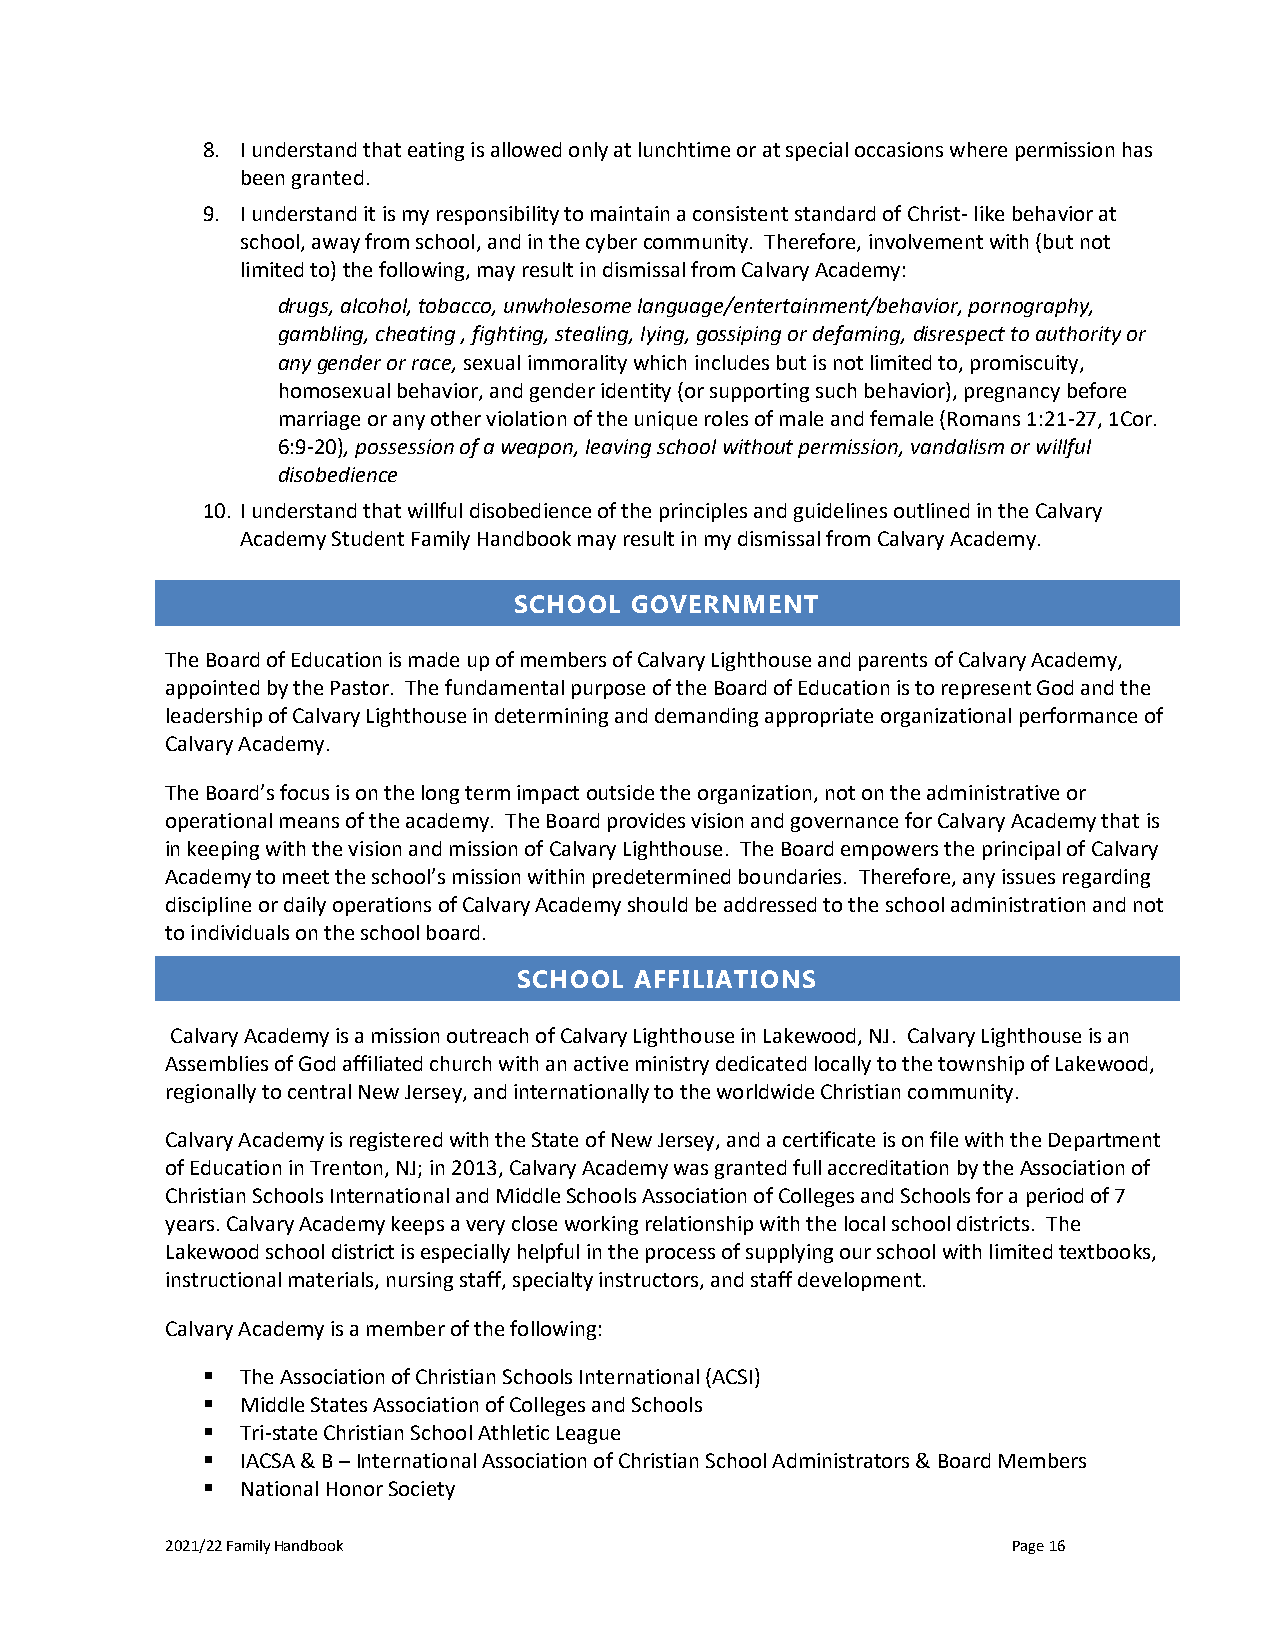
8. I understand that eating is allowed only at lunchtime or at special occasions where permission has
 been granted.
 9. I understand it is my responsibility to maintain a consistent standard of Christ- like behavior at
 school, away from school, and in the cyber community. Therefore, involvement with (but not
 limited to) the following, may result in dismissal from Calvary Academy:
 drugs, alcohol, tobacco, unwholesome language/entertainment/behavior, pornography,
 gambling, cheating , fighting, stealing, lying, gossiping or defaming, disrespect to authority or
 any gender or race, sexual immorality which includes but is not limited to, promiscuity,
 homosexual behavior, and gender identity (or supporting such behavior), pregnancy before
 marriage or any other violation of the unique roles of male and female (Romans 1:21-27, 1Cor.
 6:9-20), possession of a weapon, leaving school without permission, vandalism or willful
 disobedience
 10. I understand that willful disobedience of the principles and guidelines outlined in the Calvary
 Academy Student Family Handbook may result in my dismissal from Calvary Academy.
 SCHOOL  GOVERNMENT
 The Board of Education is made up of members of Calvary Lighthouse and parents of Calvary Academy,
 appointed by the Pastor. The fundamental purpose of the Board of Education is to represent God and the
 leadership of Calvary Lighthouse in determining and demanding appropriate organizational performance of
 Calvary Academy.
 The Board’s focus is on the long term impact outside the organization, not on the administrative or
 operational means of the academy. The Board provides vision and governance for Calvary Academy that is
 in keeping with the vision and mission of Calvary Lighthouse. The Board empowers the principal of Calvary
 Academy to meet the school’s mission within predetermined boundaries. Therefore, any issues regarding
 discipline or daily operations of Calvary Academy should be addressed to the school administration and not
 to individuals on the school board.
 SCHOOL  AFFILIATIONS
 Calvary Academy is a mission outreach of Calvary Lighthouse in Lakewood, NJ. Calvary Lighthouse is an
 Assemblies of God affiliated church with an active ministry dedicated locally to the township of Lakewood,
 regionally to central New Jersey, and internationally to the worldwide Christian community.
 Calvary Academy is registered with the State of New Jersey, and a certificate is on file with the Department
 of Education in Trenton, NJ; in 2013, Calvary Academy was granted full accreditation by the Association of
 Christian Schools International and Middle Schools Association of Colleges and Schools for a period of 7
 years. Calvary Academy keeps a very close working relationship with the local school districts. The
 Lakewood school district is especially helpful in the process of supplying our school with limited textbooks,
 instructional materials, nursing staff, specialty instructors, and staff development.
 Calvary Academy is a member of the following:
 ▪  The Association of Christian Schools International (ACSI)
 ▪  Middle States Association of Colleges and Schools
 ▪  Tri-state Christian School Athletic League
 ▪  IACSA & B – International Association of Christian School Administrators & Board Members
 ▪  National Honor Society
 2021/22 Family Handbook                                 Page 16